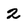
Character: 2